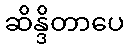
ဆိန္ဒိတာပေ